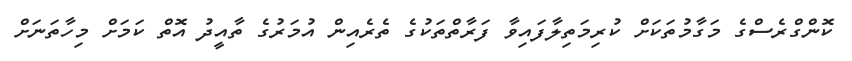
ކޮންގްރެސްގެ މަގާމުތަކަށް ކުރިމަތިލާފައިވާ ފަރާތްތަކުގެ ތެރެއިން އުމަރުގެ ތާއީދު އޮތް ކަމަށް މިހާތަނަށް